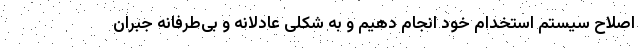
اصلاح سیستم استخدام خود انجام دهیم و به شکلی عادلانه و بی‌طرفانه جبران